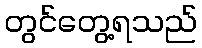
တွင်တွေ့ရသည်